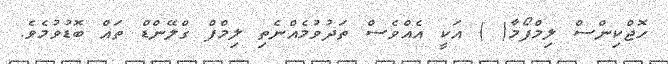
ހޮޖްކިންސް ލިމްފޯމާ( ) އަކީ އެއްވެސް ތަދުވުމެއްނެތި ލިމްފް ގްލޭންޑް ތައް ބޮޑުވުމެވެ.